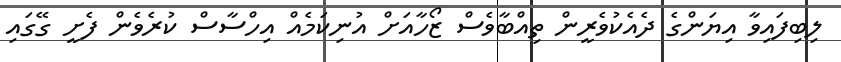
ލިބިފައިވާ އިޔަންގެ ދެއެކުވެރީން ތިއްބާވެސް ޒޯހާއަށް އުނިކަމެއް އިހްސާސް ކުރެވެން ފެށީ ގޭގައި